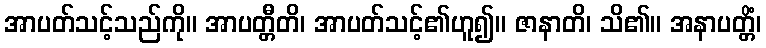
အာပတ်သင့်သည်ကို။ အာပတ္တီတိ၊ အာပတ်သင့်၏ဟူ၍။ ဇာနာတိ၊ သိ၏။ အနာပတ္တိံ၊